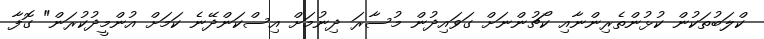
ކްލަބުތަކުން ކުޅުންތެރިންނާއި ކޯޗުންނަށް ގަވައިދުން މުސާރަ ދިނުމަށް އިސްކަންދޭނެ ކަމަށް އުންމީދުކުރަން" ގޮފާ